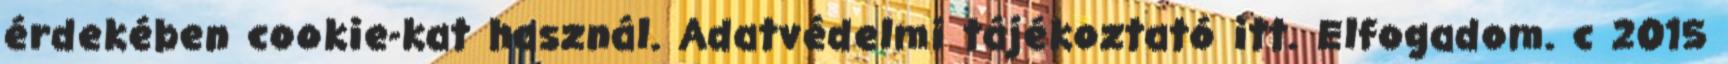
érdekében cookie-kat használ. Adatvédelmi tájékoztató itt. Elfogadom. c 2015